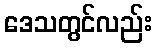
ဒေသတွင်လည်း